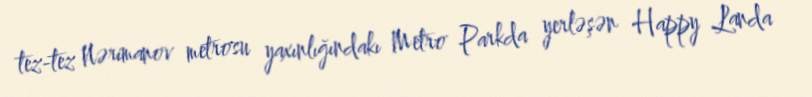
tez-tez Nərimanov metrosu yaxınlığındakı Metro Parkda yerləşən Happy Landa